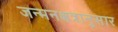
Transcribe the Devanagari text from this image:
जन्मनक्षत्रानुसार